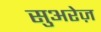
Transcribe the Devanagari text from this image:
सुअरेज़